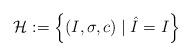
LaTeX: \begin{align*}\mathcal{H} := \left\{ (I, \sigma, c) \; | \; \hat{I} = I \right\} \end{align*}